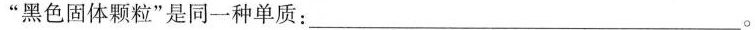
”黑色固体颗粒”是同一种单质：___。